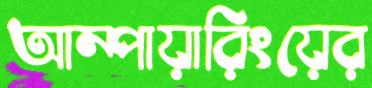
আম্পায়ারিংয়ের